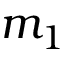
m _ { 1 }